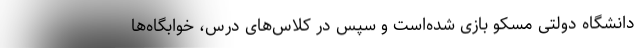
دانشگاه دولتی مسکو بازی شده‌است و سپس در کلاس‌های درس، خوابگاه‌ها